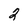
Character: 2